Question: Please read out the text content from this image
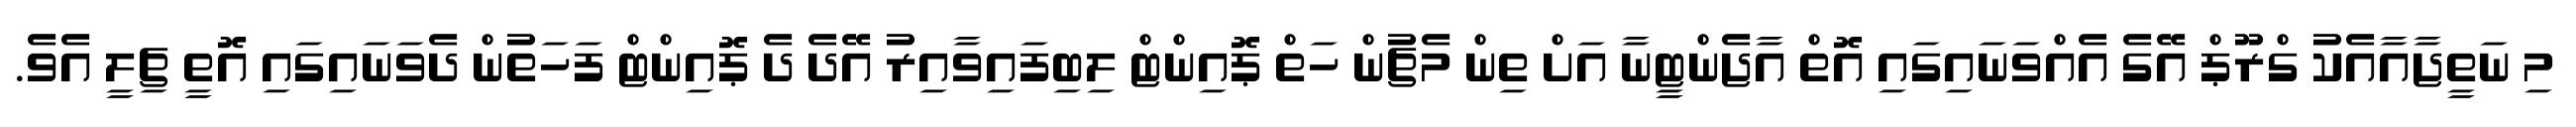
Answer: މި ނަތީޖާއާއެކު ގްރޫޕް އޭގެ އެއްވަނައިގައި އޮތް އާޖެންޓީނާ އަށް ތިން މެޗުން ހަތް ޕޮއިންޓް ލިބިފައިވާއިރު އޭދެ ދެ ޕޮއިންޓް ފަހަތުން ދެވަނައިގައި އޮތީ ޗިލީ އެވެ.